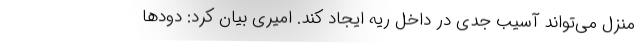
منزل می‌تواند آسیب جدی در داخل ریه ایجاد کند. امیری بیان کرد: دودها